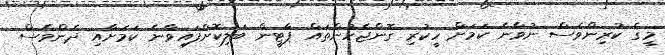
މީގެ ކުރިންވެސް ނުވާނެ ކަމަށް ހީކުރި ގޮންޖެހުންތައް ޕާޓީން ބަލިކޮށްފައިވާނެ ކަމަށާއި ދެންވެސް